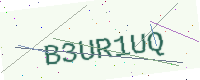
Text: B3UR1UQ